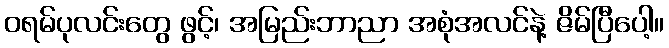
ဝရမ်ပုလင်းတွေ ဖွင့်၊ အမြည်းဘာညာ အစုံအလင်နဲ့ ဇိမ်ပြီပေါ့။